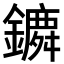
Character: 𨭤